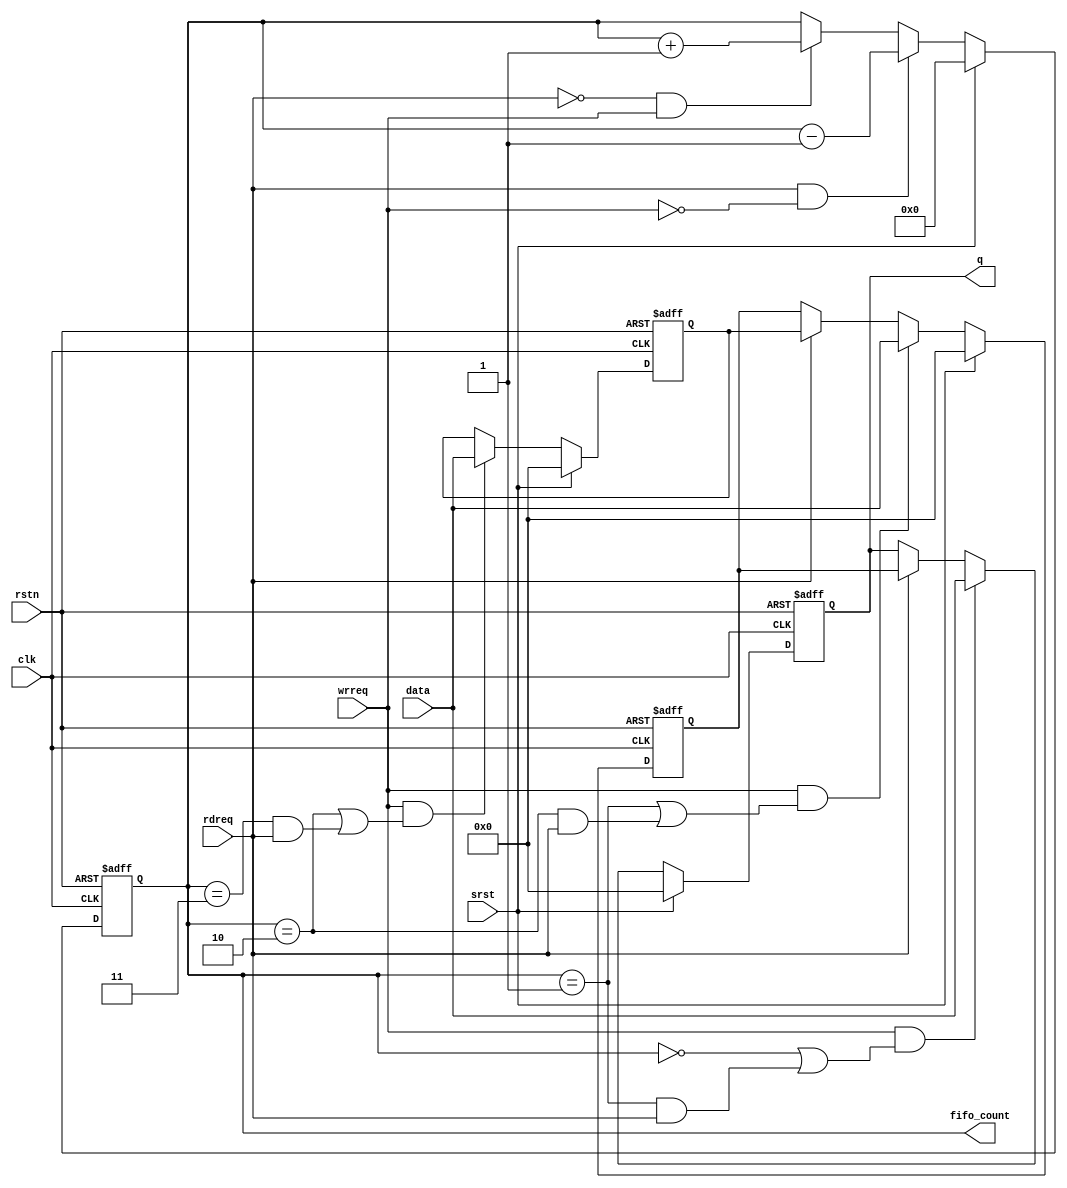
module altpciexpav128_fifo

#(
   parameter FIFO_DEPTH = 3,
   parameter DATA_WIDTH = 144
  )

  (
    // global signals
    input                         clk,
    input                         rstn,
    input                         srst,
    input                         wrreq,
    input                         rdreq,
    input  [DATA_WIDTH-1:0]       data,  
    output [DATA_WIDTH-1:0]       q,
    output reg [3:0]              fifo_count

   );
   
   
   reg  [DATA_WIDTH-1:0]          fifo_reg[FIFO_DEPTH-1:0];
   wire [FIFO_DEPTH-1:0]          fifo_wrreq;  
   
// fifo word counter
 always @(posedge clk or negedge rstn)
    begin
      if(~rstn)
        fifo_count <= 4'h0;
      else if (srst)
            fifo_count <= 4'h0;
         else if (rdreq & ~wrreq)
            fifo_count <= fifo_count - 1'b1;
         else if(~rdreq & wrreq)
            fifo_count <= fifo_count + 1'b1;
    end
    

generate
  genvar i;
  for(i=0; i< FIFO_DEPTH -1; i=i+1)
    begin: register_array
    
       assign fifo_wrreq[i] = wrreq & (fifo_count == i | (fifo_count == i + 1 & rdreq)) ;
       always @(posedge clk or negedge rstn)
         begin
           if(~rstn)
             fifo_reg[i] <= {DATA_WIDTH{1'b0}};
           else if (srst)
             fifo_reg[i] <= {DATA_WIDTH{1'b0}};
           else if(fifo_wrreq[i])
             fifo_reg[i] <= data;
           else if(rdreq)
             fifo_reg[i] <= fifo_reg[i+1];
         end
       end
  endgenerate
  
  
/// the last register
 assign fifo_wrreq[FIFO_DEPTH-1] = wrreq & (fifo_count == FIFO_DEPTH - 1 | (fifo_count == FIFO_DEPTH & rdreq)) ;    
 
 always @(posedge clk or negedge rstn)
  begin
    if(~rstn)
      fifo_reg[FIFO_DEPTH-1] <= {DATA_WIDTH{1'b0}};
    else if (srst)
       fifo_reg[FIFO_DEPTH-1] <= {DATA_WIDTH{1'b0}};
    else if(fifo_wrreq[FIFO_DEPTH-1])
      fifo_reg[FIFO_DEPTH-1] <= data;
  end
  
  
assign q = fifo_reg[0];
  
endmodule